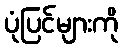
ပုံပြင်များကို